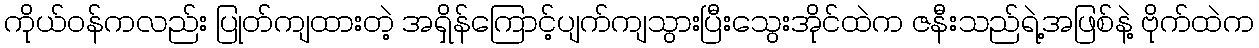
ကိုယ်ဝန်ကလည်း ပြုတ်ကျထားတဲ့ အရှိန်ကြောင့်ပျက်ကျသွားပြီးသွေးအိုင်ထဲက ဇနီးသည်ရဲ့အဖြစ်နဲ့ ဗိုက်ထဲက